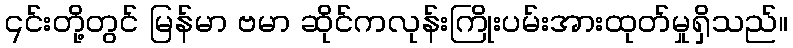
၎င်းတို့တွင် မြန်မာ ဗမာ ဆိုင်ကလုန်းကြိုးပမ်းအားထုတ်မှုရှိသည်။